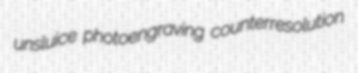
unsluice photoengraving counterresolution